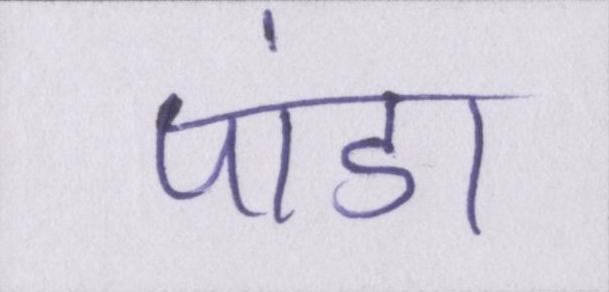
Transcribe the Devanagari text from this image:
पांडा